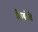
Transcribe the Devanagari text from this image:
लिबरेते